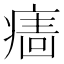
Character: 𱱙